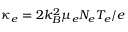
\kappa _ { e } = 2 k _ { B } ^ { 2 } { \mu _ { e } } { N _ { e } } { T } _ { e } / e